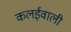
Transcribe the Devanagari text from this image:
कलईवाली